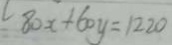
l 8 0 x + 6 0 y = 1 2 2 0